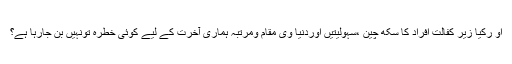
او رکیا زیر کفالت افراد کا سکھ چین ،سہولیتیں اوردنیا وی مقام ومرتبہ ہماری آخرت کے لیے کوئی خطرہ تونہیں بن جارہا ہے؟